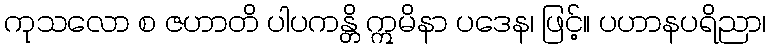
ကုသလော စ ဇဟာတိ ပါပကန္တိ ဣမိနာ ပဒေန၊ ဖြင့်။ ပဟာနပရိညာ၊